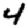
Digit: 4